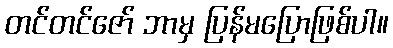
တင်တင်ဇော် ဘာမှ ပြန်မပြောဖြစ်ပါ။